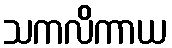
သကလိကာယ